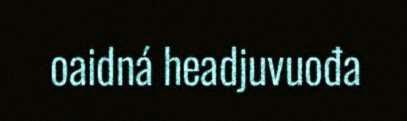
oaidná headjuvuođa